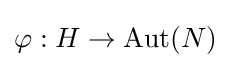
\varphi :H\rightarrow \mathrm {Aut} (N)